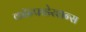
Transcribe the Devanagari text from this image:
कॉन्फडेरशन्स